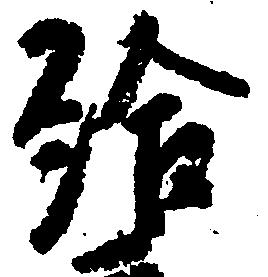
給